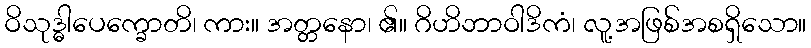
ဝိသုဒ္ဓါပေက္ခောတိ၊ ကား။ အတ္တနော၊ ၏။ ဂိဟိဘာဝါဒိကံ၊ လူ့အဖြစ်အစရှိသော။